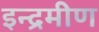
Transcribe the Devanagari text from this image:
इन्द्रमीण